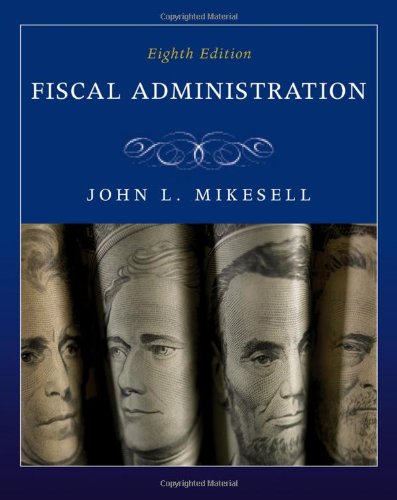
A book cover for Fiscal Administration; John Mikesell; Business & Money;